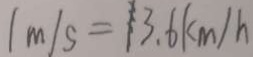
\vert m \vert s = 1 3 . 6 k m / h